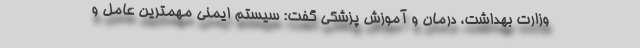
وزارت بهداشت، درمان و آموزش پزشکی گفت: سیستم ایمنی مهمترین عامل و